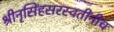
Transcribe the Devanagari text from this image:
श्रीनृसिंहसरस्वतींनीच